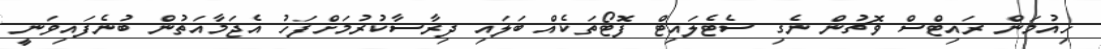
ހިއުމަން ރައިޓްސް ވޮޗުން ނެގި ސެޓެލައިޓް ފޮޓޯތަކެއް ބަލައި ދިރާސާކުރުމަށްފަހު އެޖަމާއަތުން ބުނެފައިވަނީ